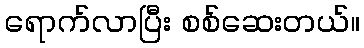
ရောက်လာပြီး စစ်ဆေးတယ်။